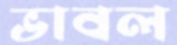
ভাবল